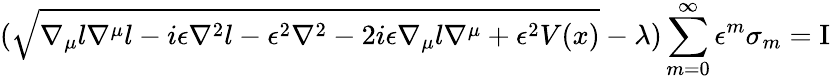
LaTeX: (\sqrt{\nabla_{\mu}l\nabla^{\mu}l-i\epsilon\nabla^{2}l-\epsilon^{2}\nabla^{2}-2i\epsilon\nabla_{\mu}l\nabla^{\mu}+\epsilon^{2}V(x)}-\lambda)\sum_{m=0}^{\infty}\epsilon^{m}\sigma_{m}=\mathrm{I}